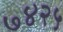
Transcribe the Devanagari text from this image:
७४२५